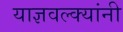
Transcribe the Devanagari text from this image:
याज्ञवल्क्यांनी